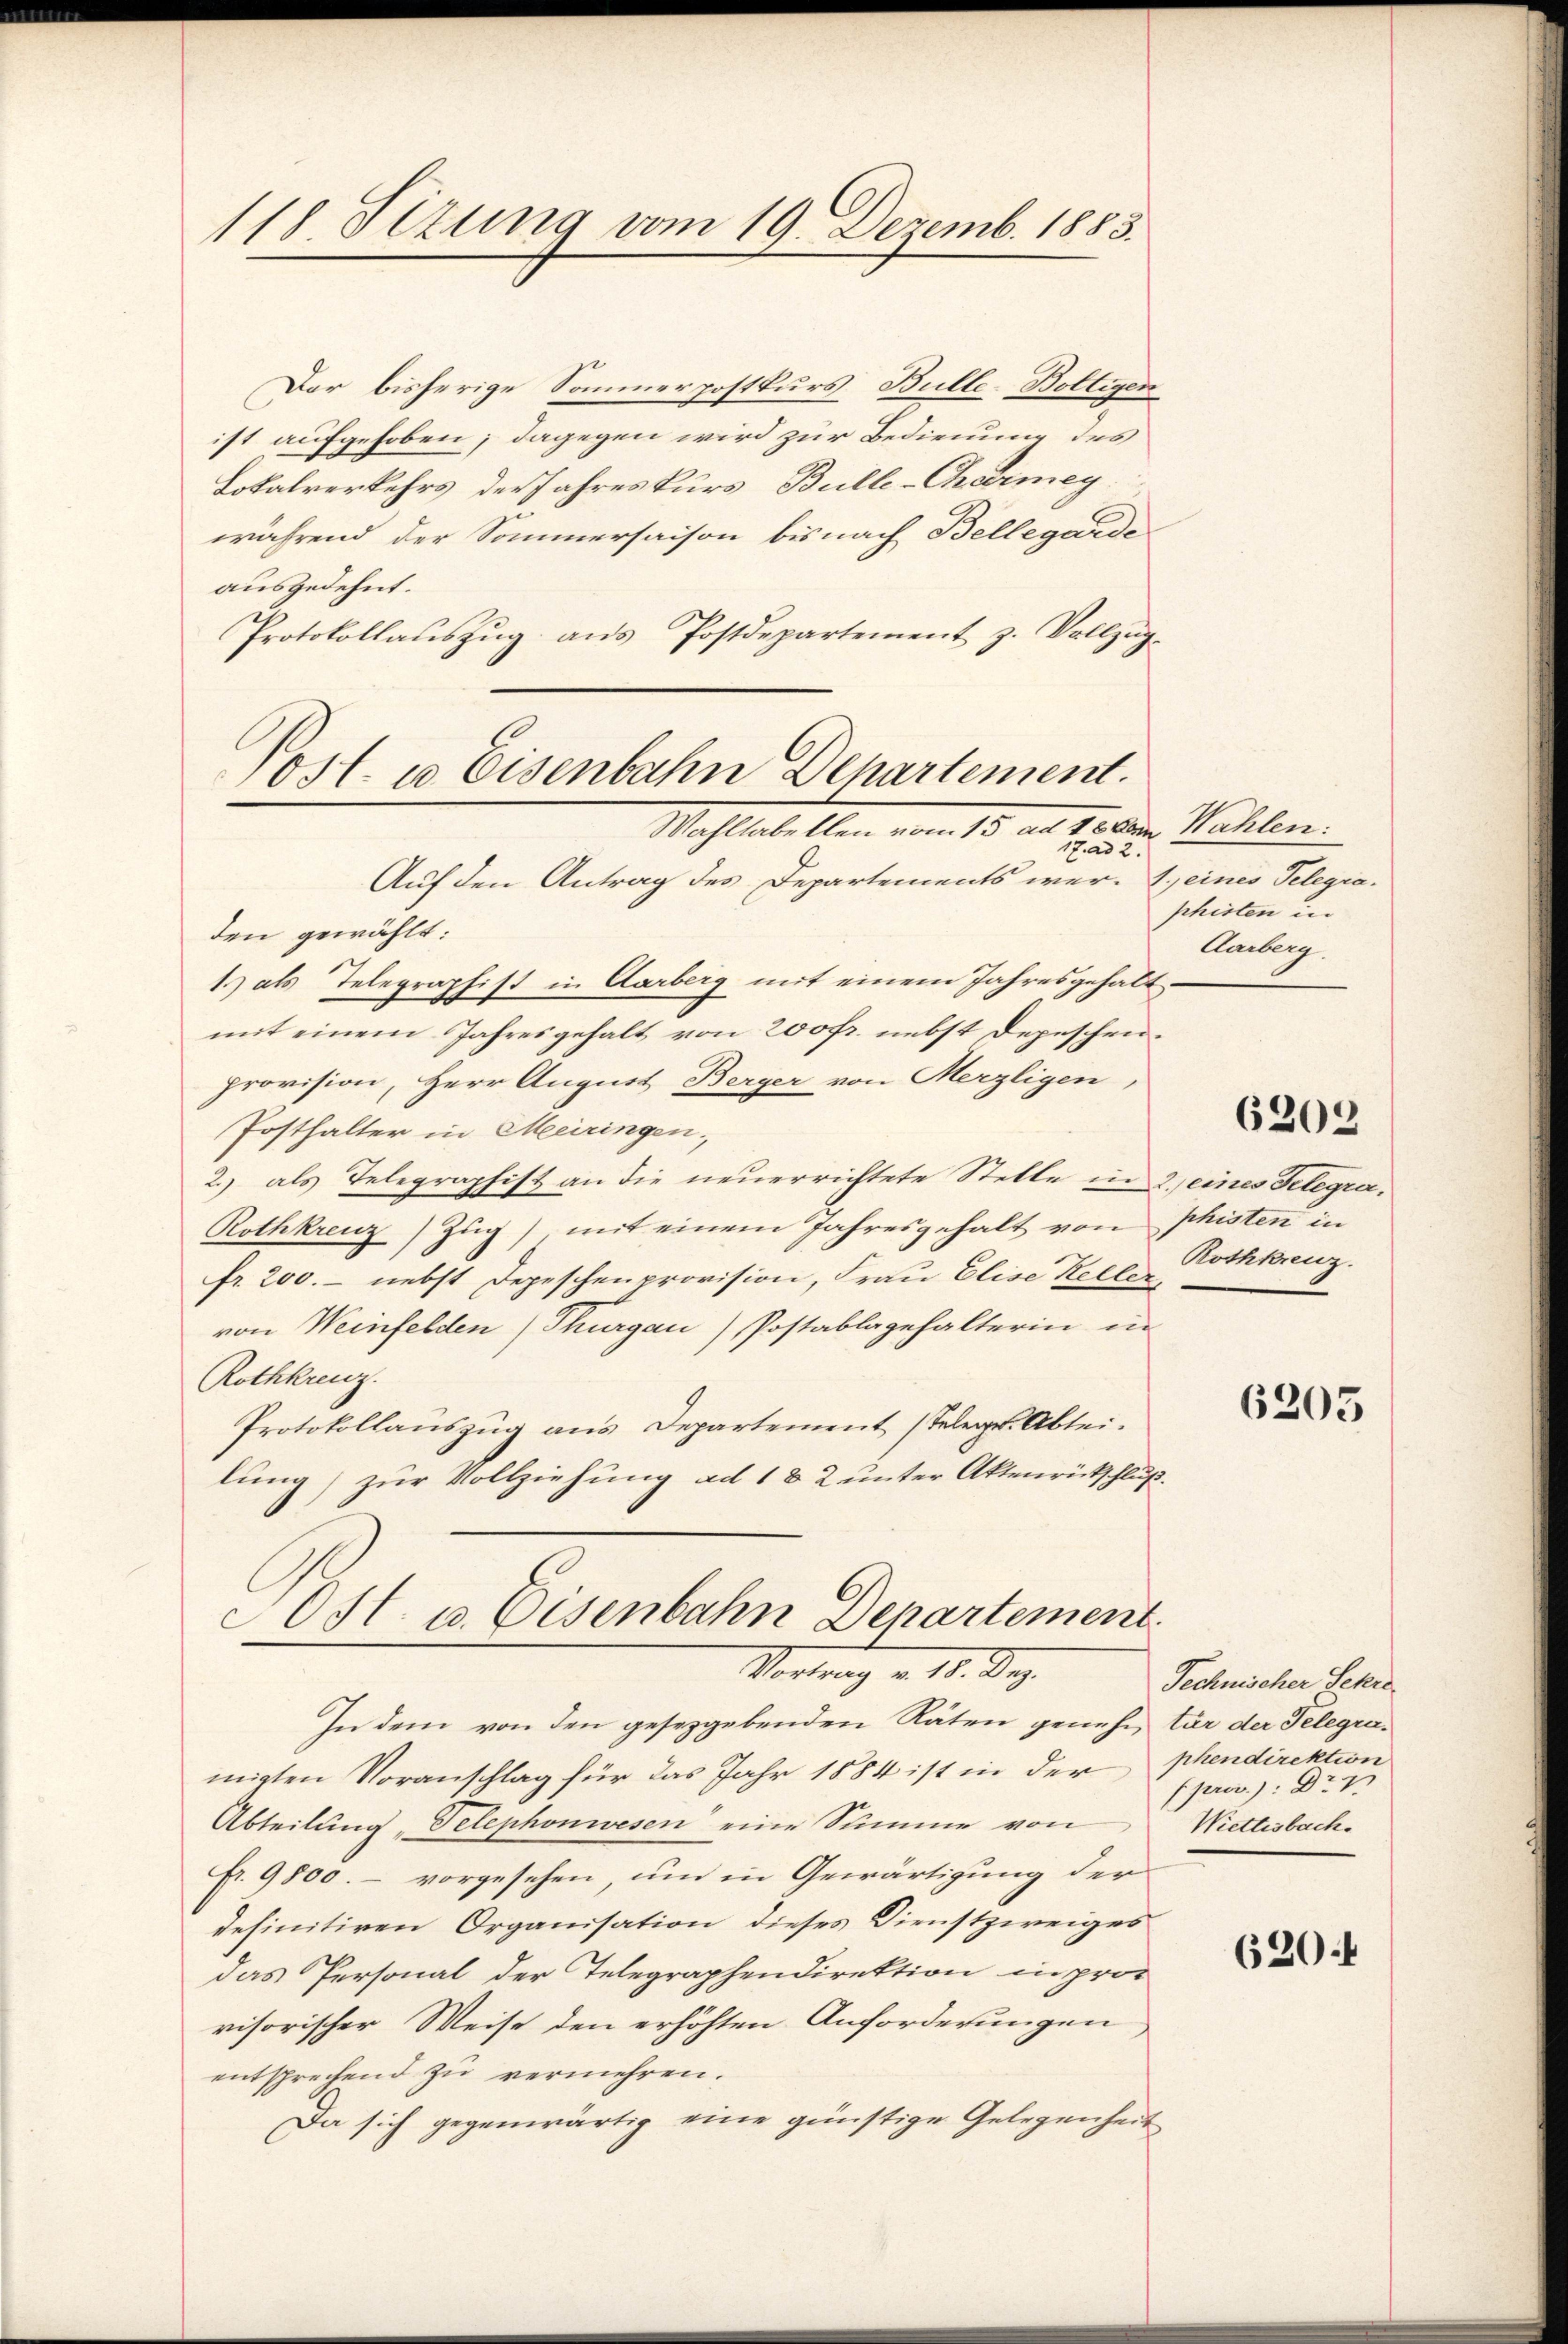
118. Sizung vom 19. Dezemb. 1885.

Dar bisherige Sommerpostkurs Bulle-Bolligen
ist aufgehoben; dagegen wird zur Bedienung des
Lokalverkehrs der Jahreskurs Bulle-Charmey
während der Sommersaison bis nach Bellegarde
ausgedehnt.
Protokollaŭszŭg aŭs Postdepartement z. Vollzŭg-

Post- u Eisenbahn Departement.
Mahltatellen vom 13. ad 1. den Kahlen.
17. ad 2.

Auf den Antrag des Departements wer- Seines Telegia.
den gewählt:
1) als Telegraphist in Aarberg mit einem Jahresgehaltmit einem Jahresgehalt von 200 fr. nebst Depeschen.
provision, Herr August Berger von Merzligen,
Posthalter in Meiringen.
2.) als Telegraphist an die neuerrichtete Stelle in 2. eines Telegra¬
Rothkreuz) Zug) mit einem Jahresgehalt von
fr. 200. - nebst Depeschen provision, Frau Elise Kelle Rothkreuz.
von Weinfelden (Thurgau) Postablagehalterin in
Rothkreuz.
Protokollauszug aus Departement stelege. Abteilung) zur Vollziehung ad 1 § 2 unter Aktenrütschluß.
OSt. u. Eisenbahn Departement.
Vortrag v. 14. Dez.
In dem von den gesetzgebenden Räten genehm tär der Gelegramigten Voranschlag für das Jahr 1884 ist in der phendirektion
Abteilung „Telephonwesen eine Summe von
fr. 9800. – vorgesehen, um in Gewärtigung der
definitiven Organisation dieses Dienstzweiges
das Personal der Telegraphendirektion in prot
visorischer Weise den erhöhten Anforderungen
entsprechend zŭ vermehren.
Da sich gegenwärtig eine günstige Gelegenheit

phisten in
Aarberg

6202

phisten in

6205

Technischer Sekre
prer: Dr.
Wiettesbach.

620.